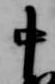
中